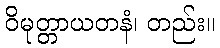
ဝိမုတ္တာယတနံ၊ တည်း။